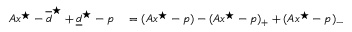
\begin{array} { r l } { A x ^ { \star } - \overline { d } ^ { \star } + \underline { d } ^ { \star } - p } & { { } = ( A x ^ { \star } - p ) - ( A x ^ { \star } - p ) _ { + } + ( A x ^ { \star } - p ) _ { - } } \end{array}